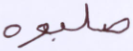
صلبوه